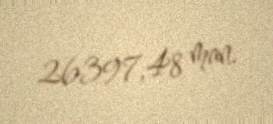
26397,48 man.